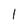
Character: 1